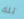
تلك